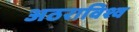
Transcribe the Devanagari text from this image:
अठराविश्व